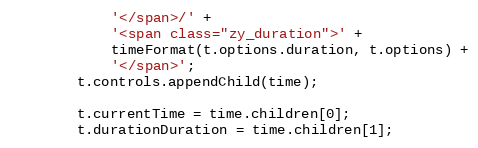
Language: JavaScript
			'</span>/' +
			'<span class="zy_duration">' +
			timeFormat(t.options.duration, t.options) +
			'</span>';
		t.controls.appendChild(time);

		t.currentTime = time.children[0];
		t.durationDuration = time.children[1];